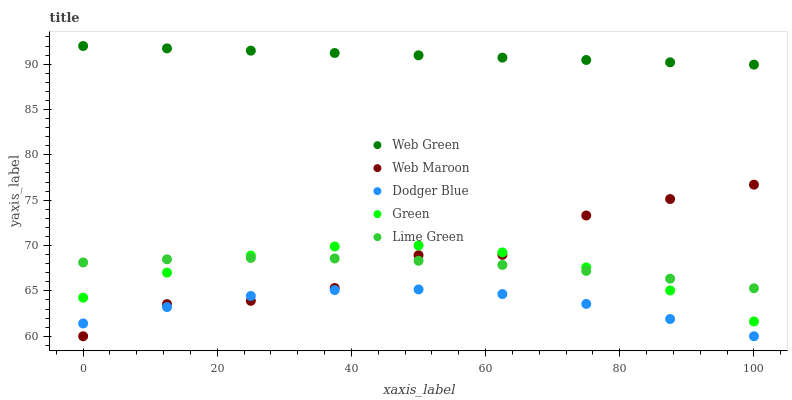
| xaxis_label | Web Green | Web Maroon | Dodger Blue | Green | Lime Green |
 | --- | --- | --- | --- | --- | --- |
 | 0 | 92 | 60 | 61.4 | 64.3 | 68.1 |
 | 12.5 | 91.7 | 63.5 | 63.2 | 67 | 68.5 |
 | 25 | 91.5 | 63.9 | 64.4 | 68.9 | 68.6 |
 | 37.5 | 91.2 | 65.3 | 65.1 | 69.9 | 68.6 |
 | 50 | 91 | 68.9 | 65.2 | 70 | 68.3 |
 | 62.5 | 90.7 | 69 | 64.7 | 69.2 | 67.9 |
 | 75 | 90.5 | 73.3 | 63.6 | 67.6 | 67.2 |
 | 87.5 | 90.2 | 75.1 | 61.9 | 65.1 | 66.3 |
 | 100 | 89.9 | 76.7 | 60 | 61.6 | 65.3 |